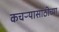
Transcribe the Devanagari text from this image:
कचऱ्यासाठीच्या